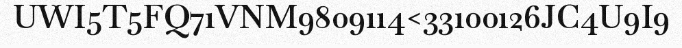
UWI5T5FQ71VNM9809114<33100126JC4U9I9